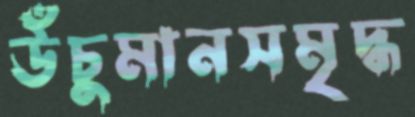
উঁচুমানসমৃদ্ধ